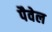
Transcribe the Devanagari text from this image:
पैवेल